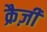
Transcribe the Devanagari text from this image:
क्रैज़ी